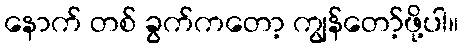
နောက် တစ် ခွက်ကတော့ ကျွန်တော့်ဖို့ပါ။